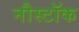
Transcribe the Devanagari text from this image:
नौस्टॉक